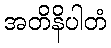
အတိနိပါတံ